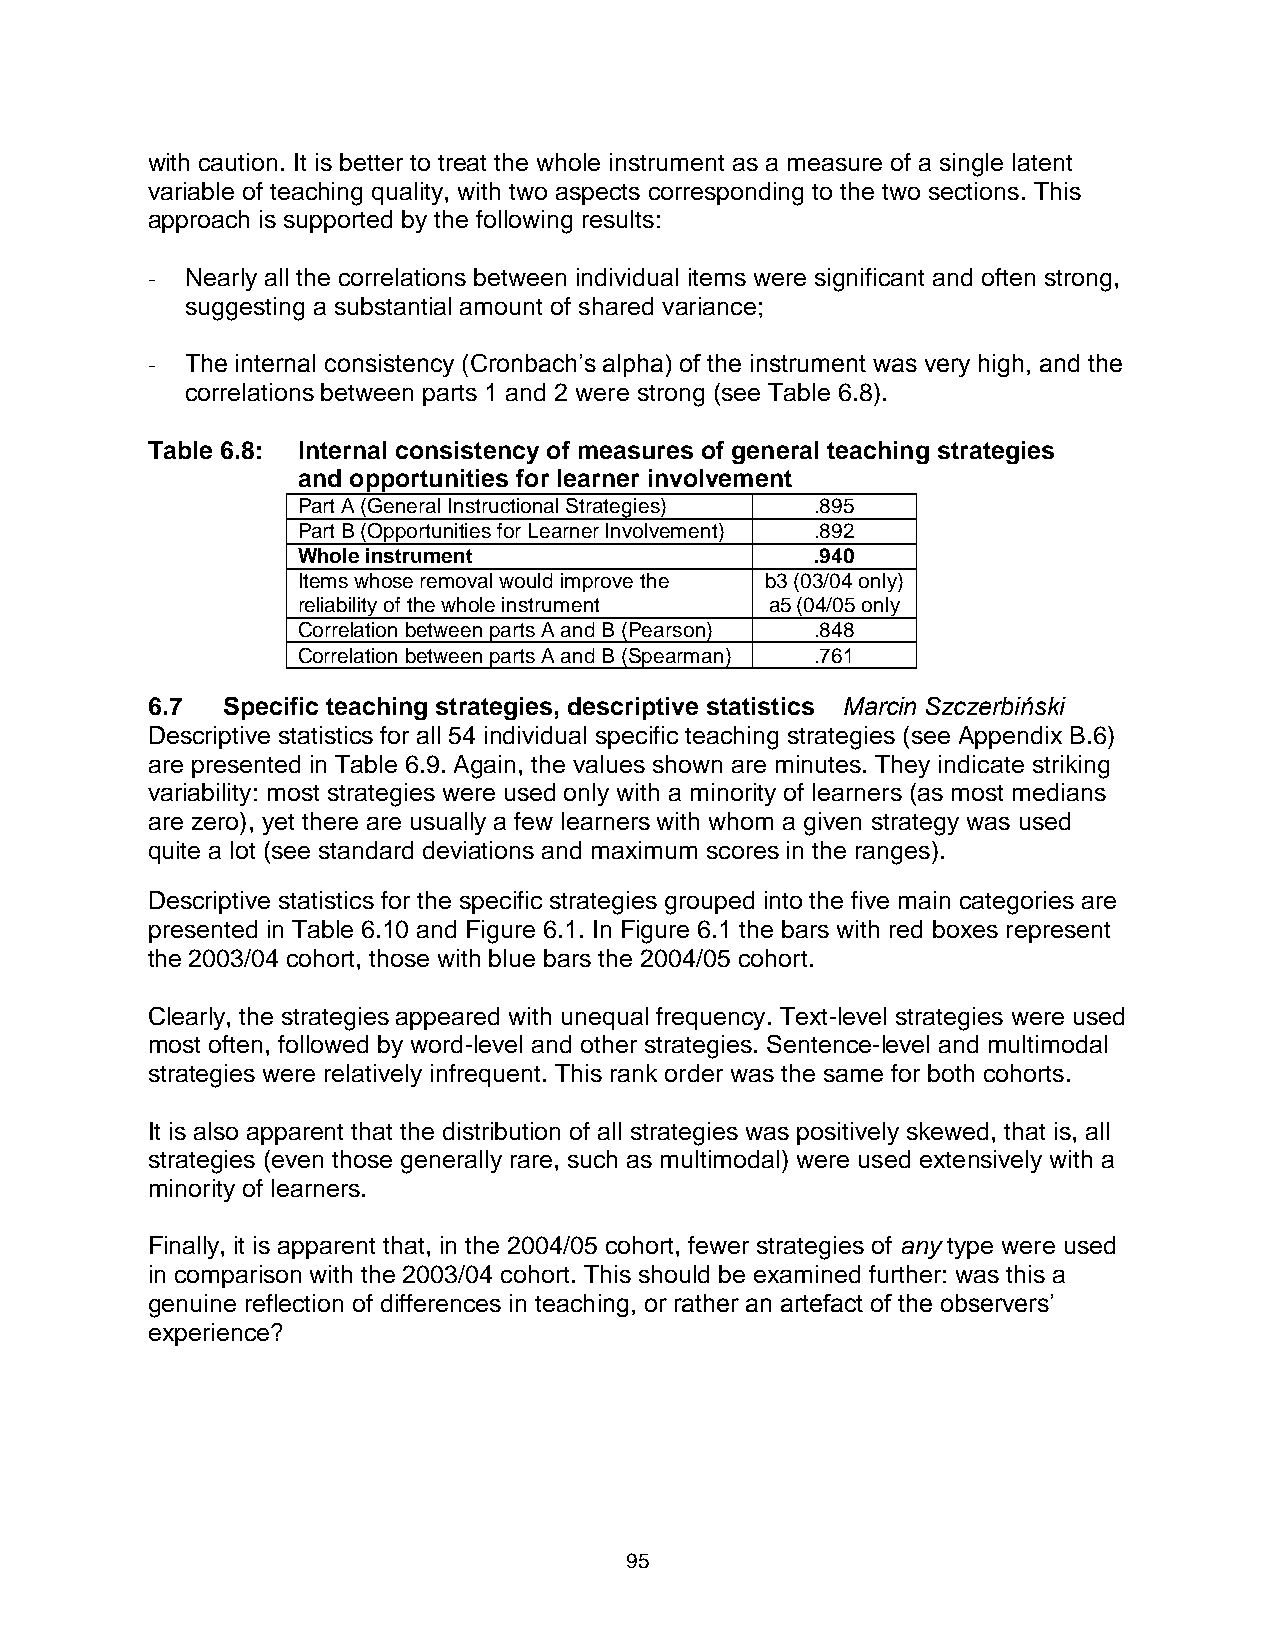
with caution. It is better to treat the whole instrument as a measure of a single latent
 variable of teaching quality, with two aspects corresponding to the two sections. This
 approach is supported by the following results:
 - Nearly all the correlations between individual items were significant and often strong,
 suggesting a substantial amount of shared variance;
 - The internal consistency (Cronbach’s alpha) of the instrument was very high, and the
 correlations between parts 1 and 2 were strong (see Table 6.8).
 Table 6.8: Internal consistency of measures of general teaching strategies
 and opportunities for learner involvement
 Part A (General Instructional Strategies) .895
 Part B (Opportunities for Learner Involvement) .892
 Whole instrument                  .940
 Items whose removal would improve the b3 (03/04 only)
 reliability of the whole instrument a5 (04/05 only
 Correlation between parts A and B (Pearson) .848
 Correlation between parts A and B (Spearman) .761
 6.7  Specific teaching strategies, descriptive statistics Marcin Szczerbiński
 Descriptive statistics for all 54 individual specific teaching strategies (see Appendix B.6)
 are presented in Table 6.9. Again, the values shown are minutes. They indicate striking
 variability: most strategies were used only with a minority of learners (as most medians
 are zero), yet there are usually a few learners with whom a given strategy was used
 quite a lot (see standard deviations and maximum scores in the ranges).
 Descriptive statistics for the specific strategies grouped into the five main categories are
 presented in Table 6.10 and Figure 6.1. In Figure 6.1 the bars with red boxes represent
 the 2003/04 cohort, those with blue bars the 2004/05 cohort.
 Clearly, the strategies appeared with unequal frequency. Text-level strategies were used
 most often, followed by word-level and other strategies. Sentence-level and multimodal
 strategies were relatively infrequent. This rank order was the same for both cohorts.
 It is also apparent that the distribution of all strategies was positively skewed, that is, all
 strategies (even those generally rare, such as multimodal) were used extensively with a
 minority of learners.
 Finally, it is apparent that, in the 2004/05 cohort, fewer strategies of any type were used
 in comparison with the 2003/04 cohort. This should be examined further: was this a
 genuine reflection of differences in teaching, or rather an artefact of the observers’
 experience?
 95